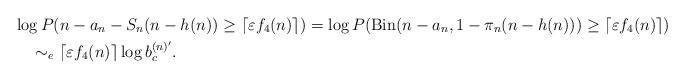
LaTeX: \begin{align*}&\log P(n-a_n-S_n(n-h(n))\geq\lceil\varepsilon f_4(n)\rceil)=\log P(\mathrm{Bin}(n-a_n,1-\pi_n(n-h(n)))\geq\lceil\varepsilon f_4(n)\rceil)\\&\,\,\,\,\,\,\sim_e\lceil\varepsilon f_4(n)\rceil\log b_c^{(n)'}.\end{align*}